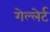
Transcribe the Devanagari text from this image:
गेल्लेर्ट